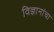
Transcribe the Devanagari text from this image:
विज्ञानांचा